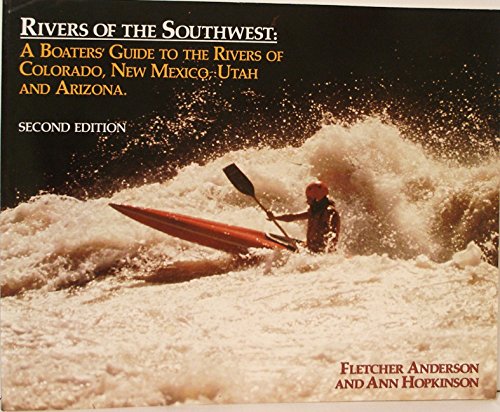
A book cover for Rivers of the Southwest: A Boater's Guide to the Rivers of Colorado, New Mexico, Utah and Arizona; Fletcher Anderson; Sports & Outdoors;